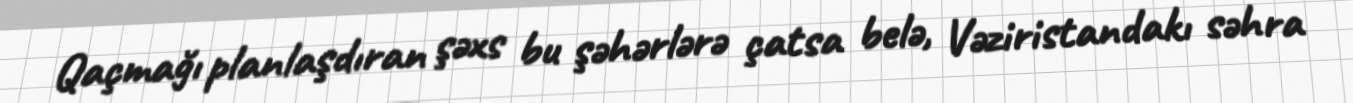
Qaçmağı planlaşdıran şəxs bu şəhərlərə çatsa belə, Vəziristandakı səhra